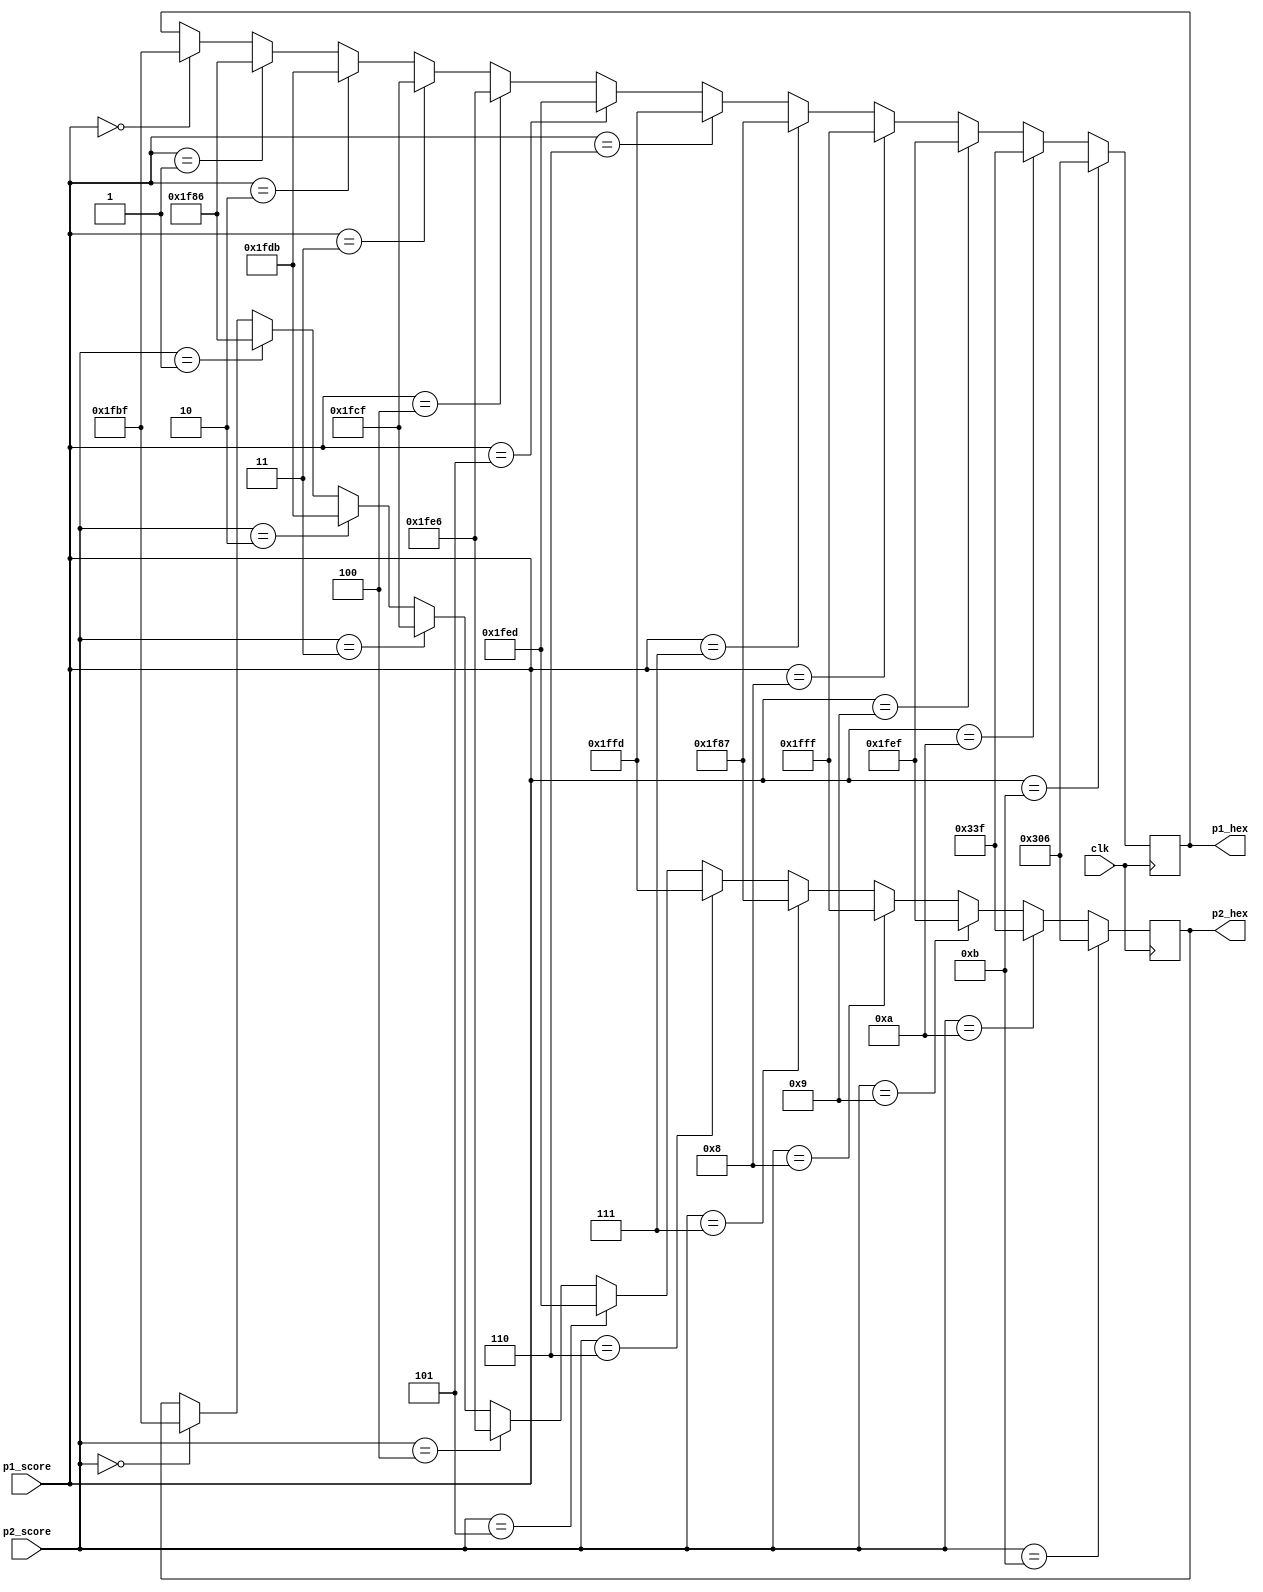
//Justin Lee (jpl88) and Ian Waldschmit (isw5)
//Module that controls the score of each player.
module score_control(input clk, input [3:0] p1_score, p2_score,
							output reg [13:0] p1_hex, p2_hex);

	always @(posedge clk) begin	
		if(p1_score == 4'd0)  p1_hex <= 14'b01111110111111;
		if(p1_score == 4'd1)  p1_hex <= 14'b01111110000110;
		if(p1_score == 4'd2)  p1_hex <= 14'b01111111011011;
		if(p1_score == 4'd3)  p1_hex <= 14'b01111111001111;
		if(p1_score == 4'd4)  p1_hex <= 14'b01111111100110;
		if(p1_score == 4'd5)  p1_hex <= 14'b01111111101101;
		if(p1_score == 4'd6)  p1_hex <= 14'b01111111111101;
		if(p1_score == 4'd7)  p1_hex <= 14'b01111110000111;
		if(p1_score == 4'd8)  p1_hex <= 14'b01111111111111;
		if(p1_score == 4'd9)  p1_hex <= 14'b01111111101111;
		if(p1_score == 4'd10) p1_hex <= 14'b00001100111111;
		if(p1_score == 4'd11) p1_hex <= 14'b00001100000110;
		
		if(p2_score == 4'd0)  p2_hex <= 14'b01111110111111;
		if(p2_score == 4'd1)  p2_hex <= 14'b01111110000110;
		if(p2_score == 4'd2)  p2_hex <= 14'b01111111011011;
		if(p2_score == 4'd3)  p2_hex <= 14'b01111111001111;
		if(p2_score == 4'd4)  p2_hex <= 14'b01111111100110;
		if(p2_score == 4'd5)  p2_hex <= 14'b01111111101101;
		if(p2_score == 4'd6)  p2_hex <= 14'b01111111111101;
		if(p2_score == 4'd7)  p2_hex <= 14'b01111110000111;
		if(p2_score == 4'd8)  p2_hex <= 14'b01111111111111;
		if(p2_score == 4'd9)  p2_hex <= 14'b01111111101111;
		if(p2_score == 4'd10) p2_hex <= 14'b00001100111111;
		if(p2_score == 4'd11) p2_hex <= 14'b00001100000110;
	end
endmodule